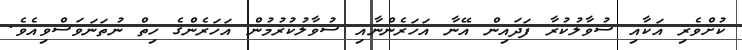
ކުށްވެރި އަކާއި ސުވާލުކުރާ ފަދައިން އޭނާ އަހަރެންނާއި ސުވާލުކުރުމުން އަހަރެންގެ ހިތް ނުތަނަވަސްވިއެވެ.